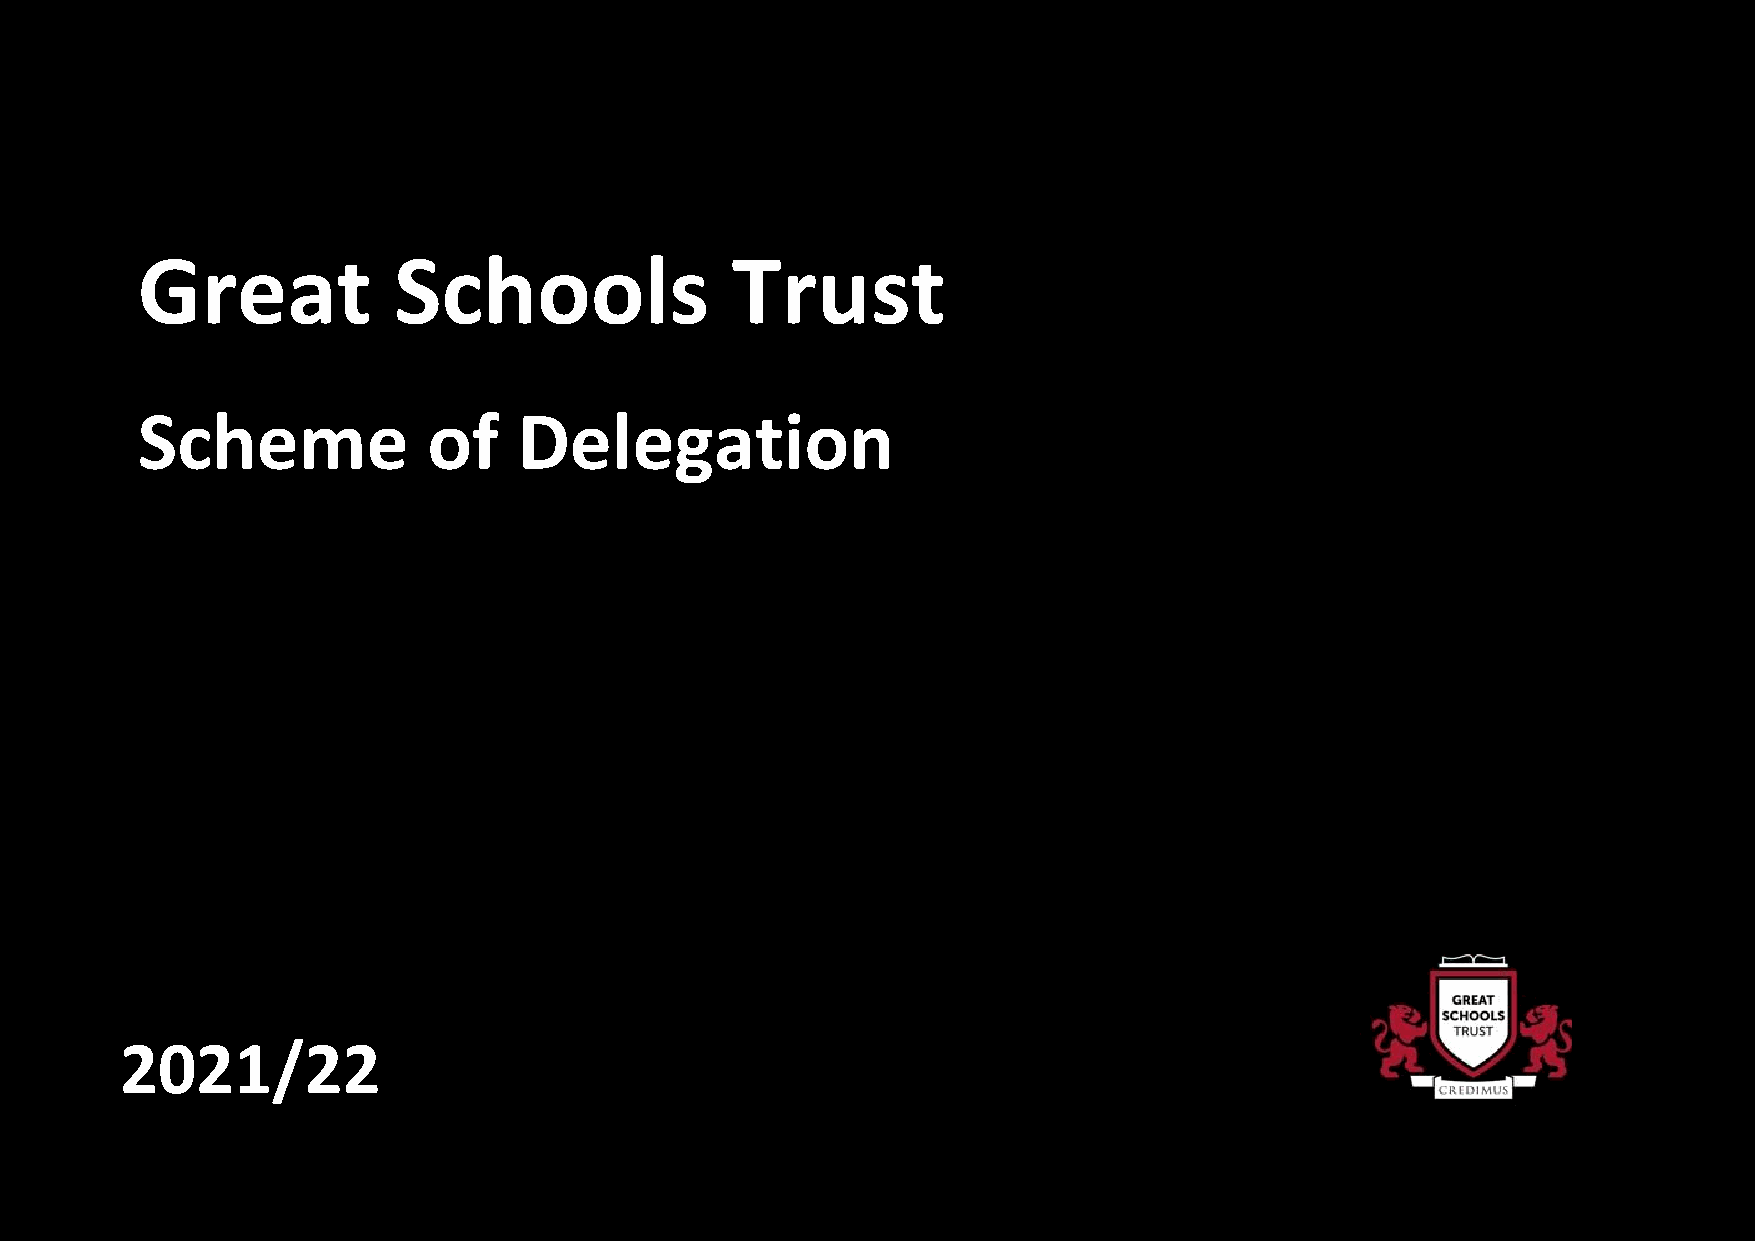
G   reat         Schools               Trust
 Scheme             of    Delegation
 2021/22
 Copyright © 2016 Great Schools Trust